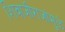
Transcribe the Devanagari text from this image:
शिवाजीराजांमुळे